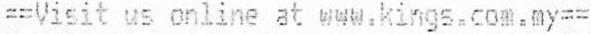
==VISIT US ONLINE AT WWW.KINGS.COM.MY==